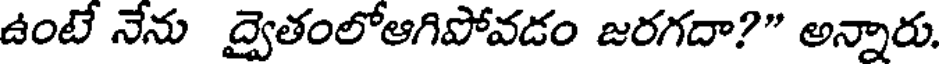
ఉంటే నేను ద్వైతంలోఆగిపోవడం జరగదా?" అన్నారు.